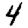
Digit: 4